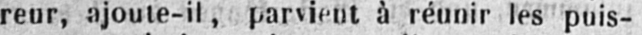
reur, ajoute-il, parvient à réunir les puis-